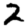
Digit: 2